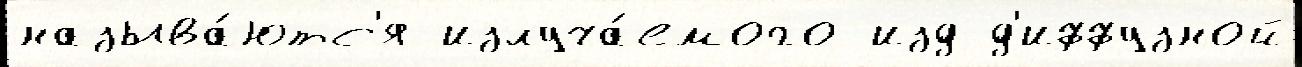
называ́ютс'я излуча́емого изд д'иффузной